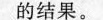
的结果。